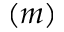
( m )